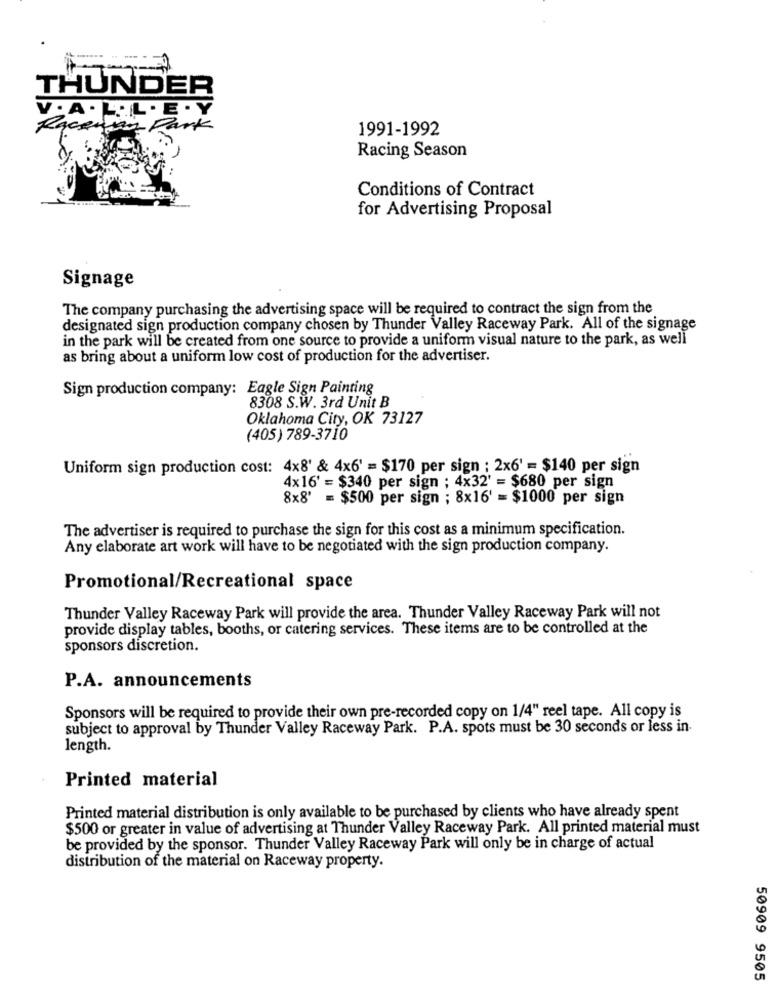
THUNDER
V. A . L.IL . E . Y
Raceway Park
1991-1992
Racing Season
Conditions of Contract
for Advertising Proposal
Signage
The company purchasing the advertising space will be required to contract the sign from the
designated sign production company chosen by Thunder Valley Raceway Park. All of the signage
in the park will be created from one source to provide a uniform visual nature to the park, as well
as bring about a uniform low cost of production for the advertiser.
Sign production company: Eagle Sign Painting
8308 S.W. 3rd Unit B
Oklahoma City, OK 73127
(405) 789-3710
Uniform sign production cost: 4x8' & 4x6' = $170 per sign : 2x6' = $140 per sign
4×16' = $340 per sign ; 4x32' = $680 per sign
8x8' = $500 per sign ; 8x16' = $1000 per sign
The advertiser is required to purchase the sign for this cost as a minimum specification.
Any elaborate art work will have to be negotiated with the sign production company.
Promotional/Recreational space
Thunder Valley Raceway Park will provide the area. Thunder Valley Raceway Park will not
provide display tables, booths, or catering services. These items are to be controlled at the
sponsors discretion.
P.A. announcements
Sponsors will be required to provide their own pre-recorded copy on 1/4" reel tape. All copy is
subject to approval by Thunder Valley Raceway Park. P.A. spots must be 30 seconds or less in-
length.
Printed material
Printed material distribution is only available to be purchased by clients who have already spent
$500 or greater in value of advertising at Thunder Valley Raceway Park. All printed material must
be provided by the sponsor. Thunder Valley Raceway Park will only be in charge of actual
distribution of the material on Raceway property.
50909 9505